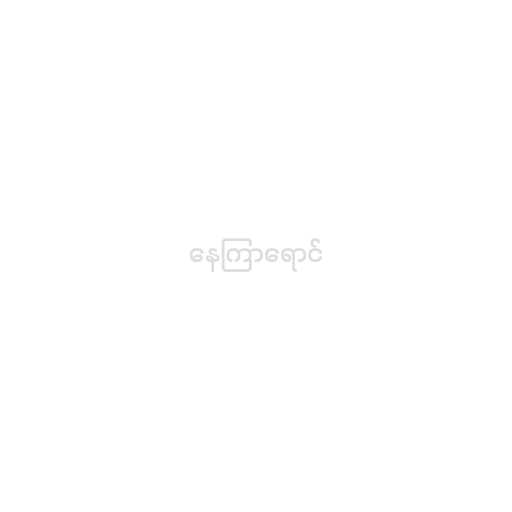
နေကြာရောင်